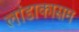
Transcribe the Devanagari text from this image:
लांडाकासम